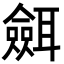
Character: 𦗼